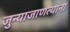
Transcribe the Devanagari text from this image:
जुन्याजाणत्यांना